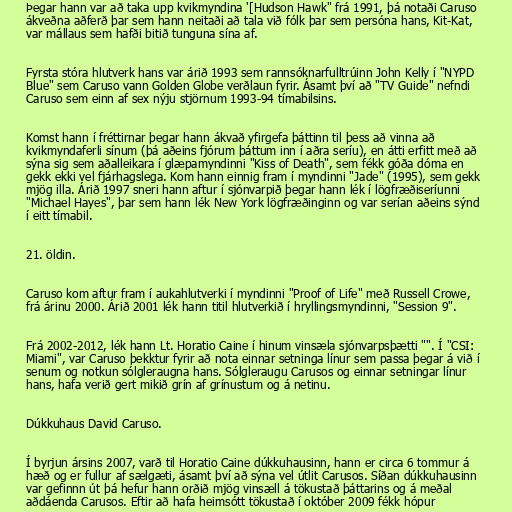
Þegar hann var að taka upp kvikmyndina '[Hudson Hawk" frá 1991, þá notaði Caruso
ákveðna aðferð þar sem hann neitaði að tala við fólk þar sem persóna hans, Kit-Kat,
var mállaus sem hafði bitið tunguna sína af.

Fyrsta stóra hlutverk hans var árið 1993 sem rannsóknarfulltrúinn John Kelly í "NYPD
Blue" sem Caruso vann Golden Globe verðlaun fyrir. Ásamt því að "TV Guide" nefndi
Caruso sem einn af sex nýju stjörnum 1993-94 tímabilsins.

Komst hann í fréttirnar þegar hann ákvað yfirgefa þáttinn til þess að vinna að
kvikmyndaferli sínum (þá aðeins fjórum þáttum inn í aðra seríu), en átti erfitt með að
sýna sig sem aðalleikara í glæpamyndinni "Kiss of Death", sem fékk góða dóma en
gekk ekki vel fjárhagslega. Kom hann einnig fram í myndinni "Jade" (1995), sem gekk
mjög illa. Árið 1997 sneri hann aftur í sjónvarpið þegar hann lék í lögfræðiseríunni
"Michael Hayes", þar sem hann lék New York lögfræðinginn og var serían aðeins sýnd
í eitt tímabil.

21. öldin.

Caruso kom aftur fram í aukahlutverki í myndinni "Proof of Life" með Russell Crowe,
frá árinu 2000. Árið 2001 lék hann titil hlutverkið í hryllingsmyndinni, "Session 9".

Frá 2002-2012, lék hann Lt. Horatio Caine í hinum vinsæla sjónvarpsþætti "". Í "CSI:
Miami", var Caruso þekktur fyrir að nota einnar setninga línur sem passa þegar á við í
senum og notkun sólgleraugna hans. Sólgleraugu Carusos og einnar setningar línur
hans, hafa verið gert mikið grín af grínustum og á netinu.

Dúkkuhaus David Caruso.

Í byrjun ársins 2007, varð til Horatio Caine dúkkuhausinn, hann er circa 6 tommur á
hæð og er fullur af sælgæti, ásamt því að sýna vel útlit Carusos. Síðan dúkkuhausinn
var gefinnn út þá hefur hann orðið mjög vinsæll á tökustað þáttarins og á meðal
aðdáenda Carusos. Eftir að hafa heimsótt tökustað í október 2009 fékk hópur